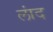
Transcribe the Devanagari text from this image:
लांद